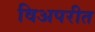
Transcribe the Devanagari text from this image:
विअपरीत